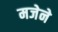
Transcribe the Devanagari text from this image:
मजेने